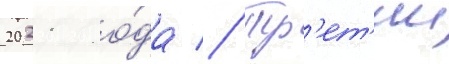
2021 го́да // Тр'ет'ии